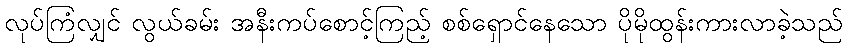
လုပ်ကြံလျှင် လွယ်ခမ်း အနီးကပ်စောင့်ကြည့် စစ်ရှောင်နေသော ပိုမိုထွန်းကားလာခဲ့သည်